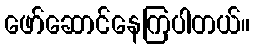
ဖော်ဆောင်နေကြပါတယ်။